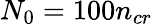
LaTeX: N_{0}=100n_{cr}